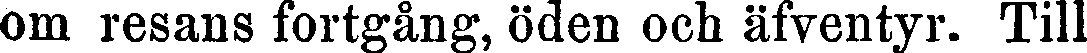
om resans fortgång, öden och äfventyr. Till